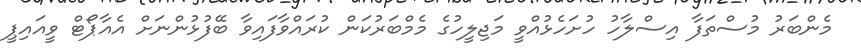
މެންބަރު މުސްތަފާ އިސްލާހު ހުށަހެޅުއްވީ މަޖިލީހުގެ މެމްބަރުކަން ކުރައްވާފައިވާ ބޭފުޅުންނަށް އެއާޕޯޓް ވީއައިޕީ